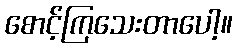
စောင့်ကြသေးတာပေါ့။